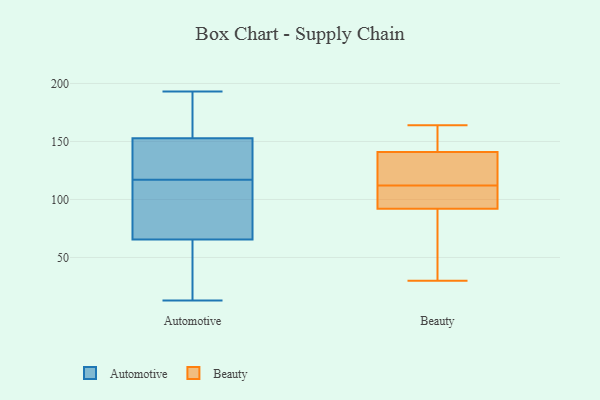
{"axis": {"x": "Population (Million)", "y": "Value"}, "legend": ["Automotive", "Beauty"], "data": [{"x": "", "y": 143, "type": "Automotive"}, {"x": "", "y": 154, "type": "Automotive"}, {"x": "", "y": 122, "type": "Automotive"}, {"x": "", "y": 73, "type": "Automotive"}, {"x": "", "y": 113, "type": "Automotive"}, {"x": "", "y": 63, "type": "Automotive"}, {"x": "", "y": 13, "type": "Automotive"}, {"x": "", "y": 32, "type": "Automotive"}, {"x": "", "y": 183, "type": "Automotive"}, {"x": "", "y": 115, "type": "Automotive"}, {"x": "", "y": 149, "type": "Automotive"}, {"x": "", "y": 117, "type": "Automotive"}, {"x": "", "y": 193, "type": "Automotive"}, {"x": "", "y": 45, "type": "Automotive"}, {"x": "", "y": 172, "type": "Automotive"}, {"x": "", "y": 132, "type": "Beauty"}, {"x": "", "y": 141, "type": "Beauty"}, {"x": "", "y": 111, "type": "Beauty"}, {"x": "", "y": 31, "type": "Beauty"}, {"x": "", "y": 106, "type": "Beauty"}, {"x": "", "y": 116, "type": "Beauty"}, {"x": "", "y": 113, "type": "Beauty"}, {"x": "", "y": 92, "type": "Beauty"}, {"x": "", "y": 30, "type": "Beauty"}, {"x": "", "y": 148, "type": "Beauty"}, {"x": "", "y": 89, "type": "Beauty"}, {"x": "", "y": 147, "type": "Beauty"}, {"x": "", "y": 164, "type": "Beauty"}, {"x": "", "y": 94, "type": "Beauty"}]}